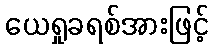
ယေရှုခရစ်အားဖြင့်